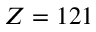
Z = 1 2 1